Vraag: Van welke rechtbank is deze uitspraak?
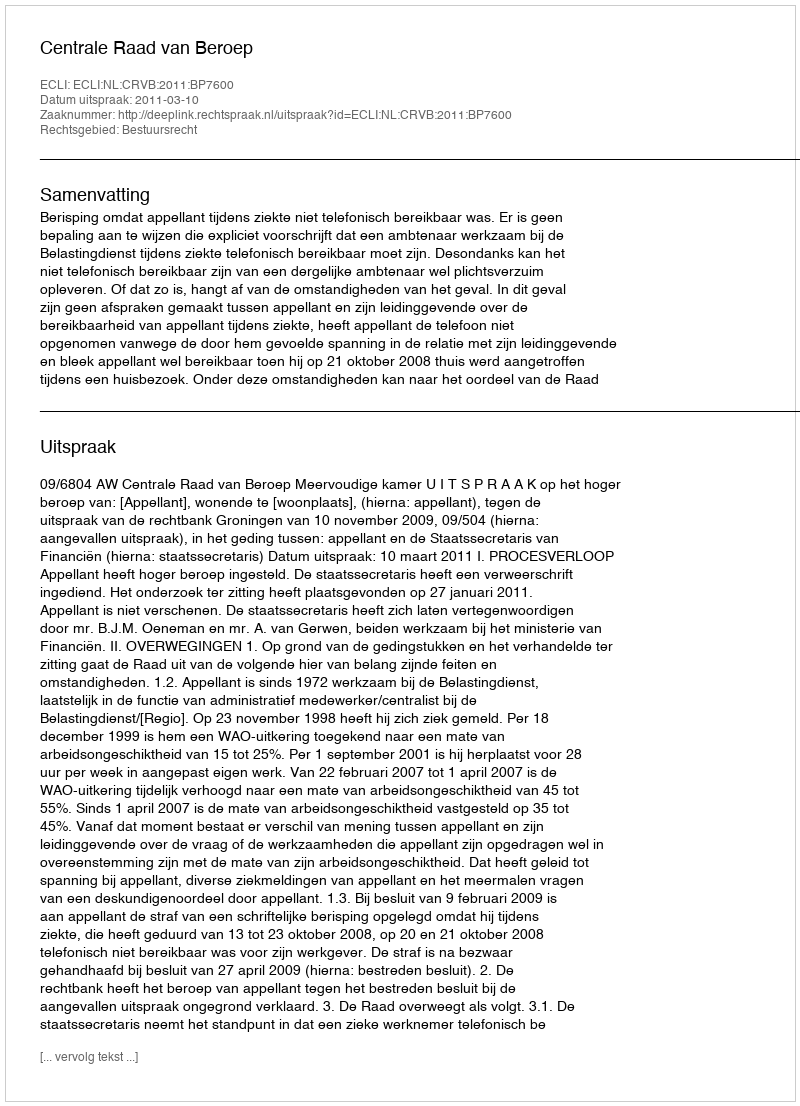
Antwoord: Centrale Raad van Beroep